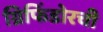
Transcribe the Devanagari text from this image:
ग्रिफिंडोरची